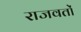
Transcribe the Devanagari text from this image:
राजवतों